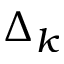
\Delta _ { k }